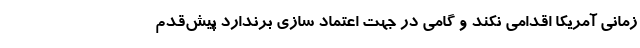
زمانی آمریکا اقدامی نکند و گامی در جهت اعتماد سازی برندارد پیش‌قدم